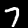
Label: 7